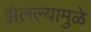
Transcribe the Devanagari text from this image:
झेलल्यामुळे